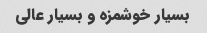
بسیار خوشمزه و بسیار عالی